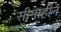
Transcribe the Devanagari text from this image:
सीमाहीन